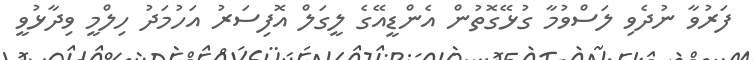
ފަރުވާ ނުދެވި ލަސްވުމާ ގުޅޭގޮތުން އެންޑީއޭގެ ލީގަލް އޮފިސަރު އަހުމަދު ހިލްމީ ވިދާޅުވީ